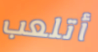
أتلعب